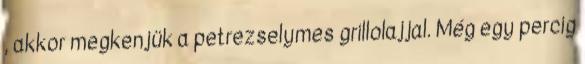
, akkor megkenjük a petrezselymes grillolajjal. Még egy percig